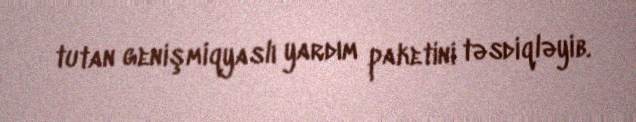
tutan genişmiqyaslı yardım paketini təsdiqləyib.